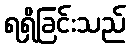
ရရှိခြင်းသည်